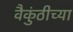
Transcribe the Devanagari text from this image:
वैकुंठीच्या